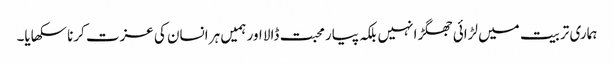
ہماری تربیت میں لڑائی جھگڑا نہیں بلکہ پیار محبت ڈالا اور ہمیں ہر انسان کی عزت کرنا سکھایا۔